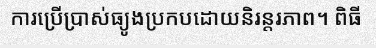
ការប្រើប្រាស់ធ្យូងប្រកបដោយនិរន្តរភាព។ ពិធី